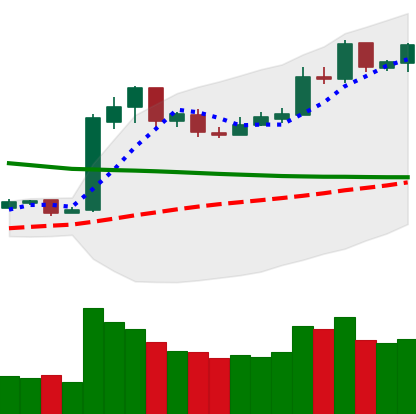
Ticker: LTC-USD
Chart end date: 2019-02-23
Forward return: -10.533%
Label: down_7plus